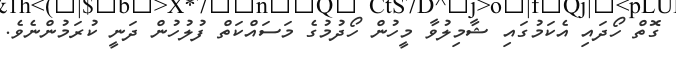
ގޮތް ހޯދައި އެކަމުގައި ޝާމިލުވާ މީހުން ހޯދުމުގެ މަސައްކަތް ފުލުހުން ދަނީ ކުރަމުންނެވެ.